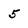
Character: 5